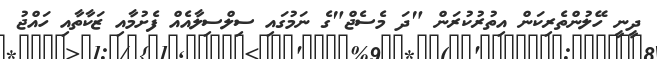
ދީނީ ހޭލުންތެރިކަން އިތުރުކުރަން "ދަ މެސެޖް"ގެ ނަމުގައި ސިލްސިލާއެއް ފެށުމާއި ޒަކާތާއި ހައްޖު